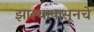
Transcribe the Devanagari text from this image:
झाल्यापासूनचे